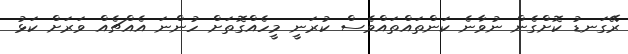
ރޭގަނޑު ކޮށްގެން ނުވާނެ ކަންތައްތައްވެސް ކުރަނީ މީހެއްގޮތަށް ހުންނަ އެއްޗެއް ވަރަށް ކަޅު